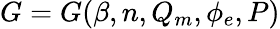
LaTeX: G=G(\beta,n,Q_{m},\phi_{e},P)